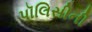
પૉલિસીની